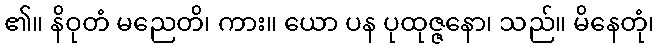
၏။ နိဝုတံ မညေတိ၊ ကား။ ယော ပန ပုထုဇ္ဇနော၊ သည်။ မိနေတုံ၊